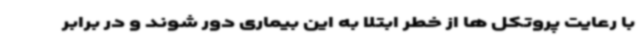
با رعایت پروتکل ها از خطر ابتلا به این بیماری دور شوند و در برابر